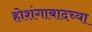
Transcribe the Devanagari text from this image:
होशंगाबादच्या